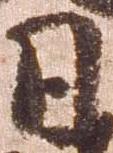
日